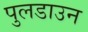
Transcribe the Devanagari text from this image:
पुलडाउन